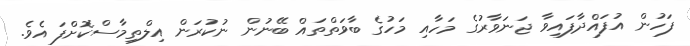
ފަހުން އުފައްދާފައިވާ ޖަނަވާރުގެ މަހާއި މަހުގެ ބާވަތްތައް ބޭނުން ނުކުރަން އިލްތިމާސްކޮށްފަ އެވެ.